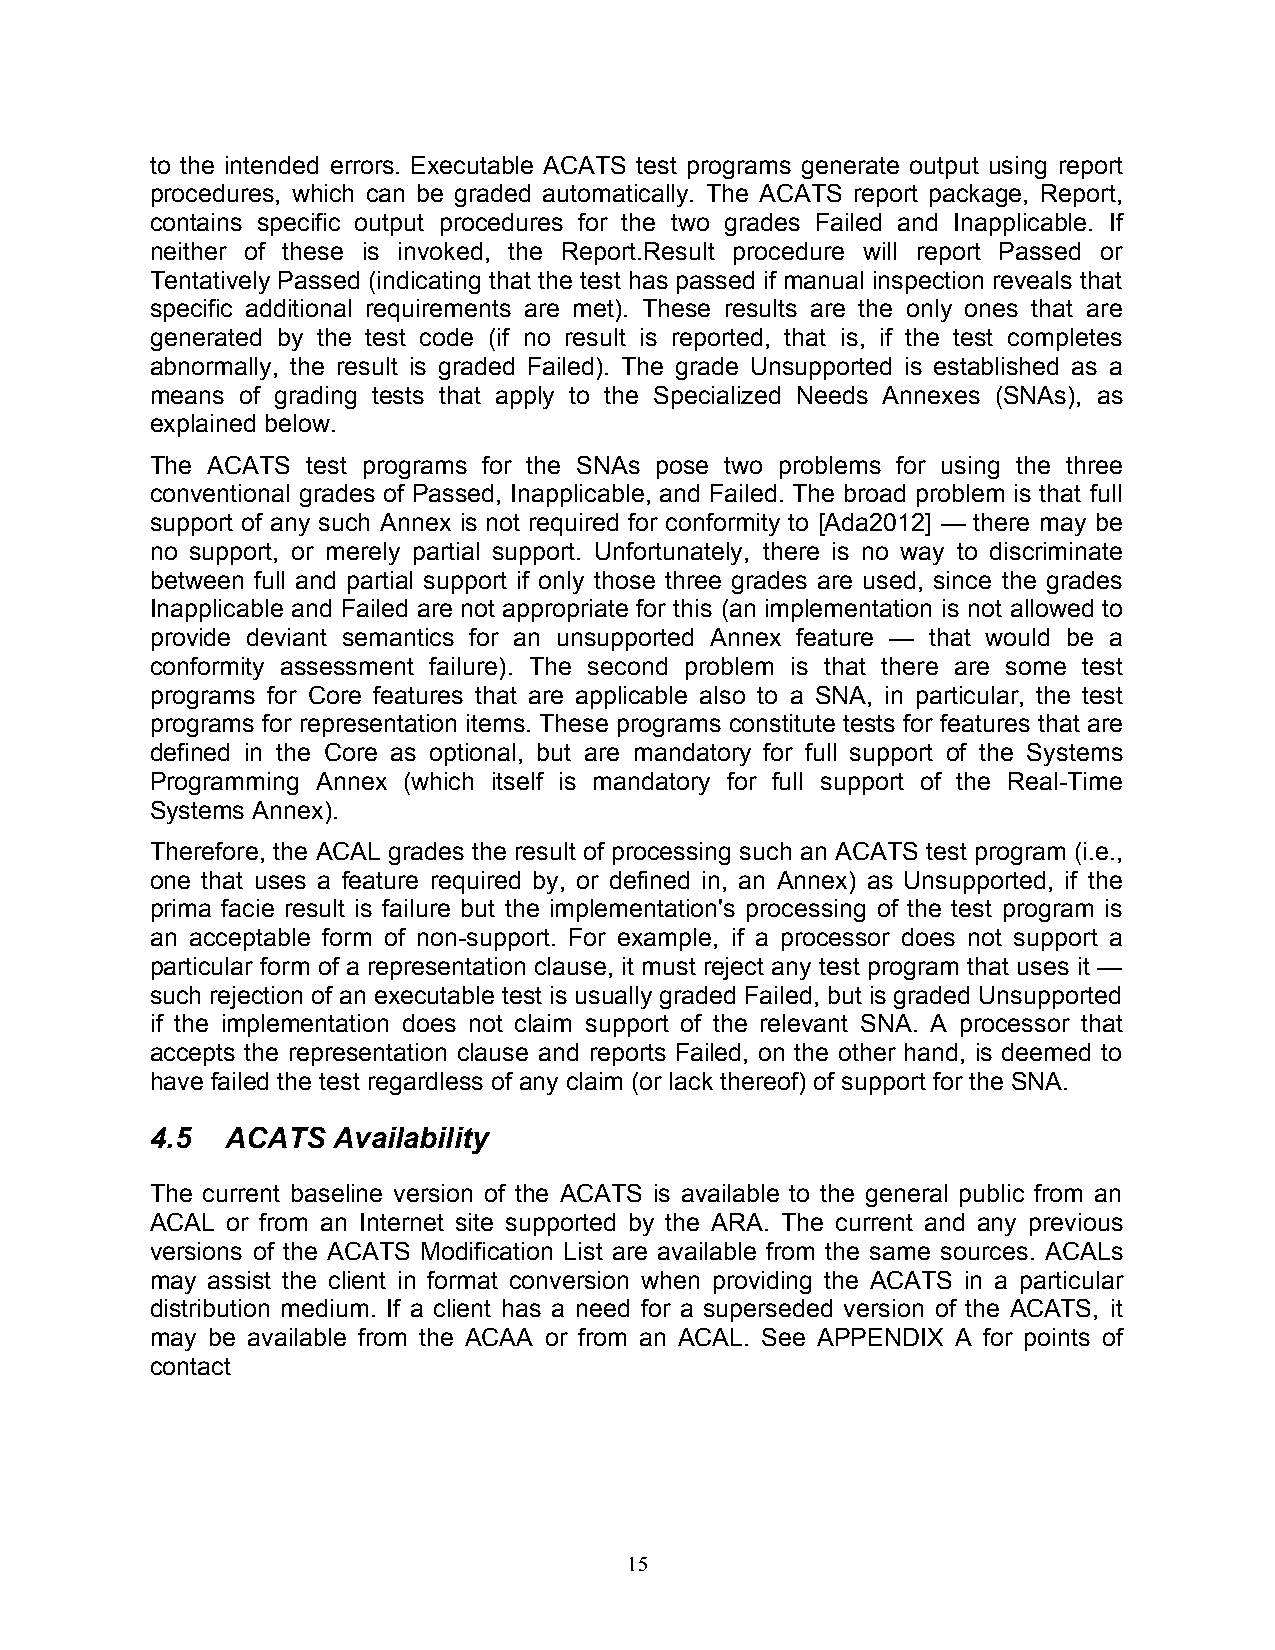
to the intended errors. Executable ACATS test programs generate output using report
 procedures, which can be graded automatically. The ACATS report package, Report,
 contains specific output procedures for the two grades Failed and Inapplicable. If
 neither of these is invoked, the Report.Result procedure will report Passed or
 Tentatively Passed (indicating that the test has passed if manual inspection reveals that
 specific additional requirements are met). These results are the only ones that are
 generated by the test code (if no result is reported, that is, if the test completes
 abnormally, the result is graded Failed). The grade Unsupported is established as a
 means of grading tests that apply to the Specialized Needs Annexes (SNAs), as
 explained below.
 The ACATS test programs for the SNAs pose two problems for using the three
 conventional grades of Passed, Inapplicable, and Failed. The broad problem is that full
 support of any such Annex is not required for conformity to [Ada2012] — there may be
 no support, or merely partial support. Unfortunately, there is no way to discriminate
 between full and partial support if only those three grades are used, since the grades
 Inapplicable and Failed are not appropriate for this (an implementation is not allowed to
 provide deviant semantics for an unsupported Annex feature — that would be a
 conformity assessment failure). The second problem is that there are some test
 programs for Core features that are applicable also to a SNA, in particular, the test
 programs for representation items. These programs constitute tests for features that are
 defined in the Core as optional, but are mandatory for full support of the Systems
 Programming Annex (which itself is mandatory for full support of the Real-Time
 Systems Annex).
 Therefore, the ACAL grades the result of processing such an ACATS test program (i.e.,
 one that uses a feature required by, or defined in, an Annex) as Unsupported, if the
 prima facie result is failure but the implementation's processing of the test program is
 an acceptable form of non-support. For example, if a processor does not support a
 particular form of a representation clause, it must reject any test program that uses it —
 such rejection of an executable test is usually graded Failed, but is graded Unsupported
 if the implementation does not claim support of the relevant SNA. A processor that
 accepts the representation clause and reports Failed, on the other hand, is deemed to
 have failed the test regardless of any claim (or lack thereof) of support for the SNA.
 4.5  ACATS  Availability
 The current baseline version of the ACATS is available to the general public from an
 ACAL or from an Internet site supported by the ARA. The current and any previous
 versions of the ACATS Modification List are available from the same sources. ACALs
 may assist the client in format conversion when providing the ACATS in a particular
 distribution medium. If a client has a need for a superseded version of the ACATS, it
 may be available from the ACAA or from an ACAL. See APPENDIX A for points of
 contact
 15